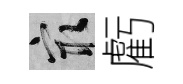
冣虧